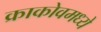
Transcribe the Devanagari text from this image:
क्राकोवमध्ये